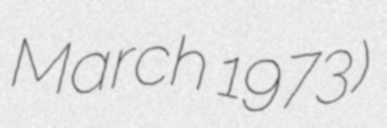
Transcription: March 1973)